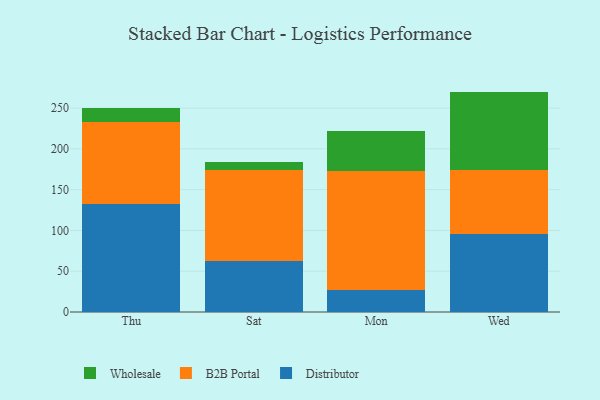
{"axis": {"x": "Day", "y": "Gross Profit (USD K)"}, "legend": ["B2B Portal", "Distributor", "Wholesale"], "data": [{"x": "Thu", "y": 132.4, "type": "Distributor"}, {"x": "Thu", "y": 100.5, "type": "B2B Portal"}, {"x": "Thu", "y": 17.2, "type": "Wholesale"}, {"x": "Sat", "y": 62.1, "type": "Distributor"}, {"x": "Sat", "y": 112.0, "type": "B2B Portal"}, {"x": "Sat", "y": 9.4, "type": "Wholesale"}, {"x": "Mon", "y": 27.4, "type": "Distributor"}, {"x": "Mon", "y": 145.9, "type": "B2B Portal"}, {"x": "Mon", "y": 48.3, "type": "Wholesale"}, {"x": "Wed", "y": 95.3, "type": "Distributor"}, {"x": "Wed", "y": 79.2, "type": "B2B Portal"}, {"x": "Wed", "y": 95.8, "type": "Wholesale"}]}